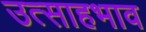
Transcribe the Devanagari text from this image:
उत्साहभाव